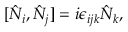
[ \hat { N } _ { i } , \hat { N } _ { j } ] = i \epsilon _ { i j k } \hat { N } _ { k } ,